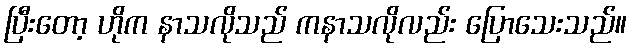
ပြီးတော့ ဟိုက နာသလိုသည် ကနာသလိုလည်း ပြောသေးသည်။